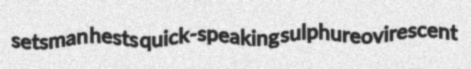
setsman hests quick-speaking sulphureovirescent